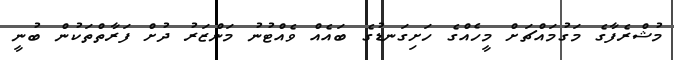
މުޝްރެފާގެ މަގުމައްޗަށް މީހެއްގެ ހަށިގަނޑުގެ ބައެއް ވެއްޓުނު މަންޒަރު ދުށް ފަރާތްތަކުން ބުނީ